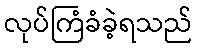
လုပ်ကြံခံခဲ့ရသည်